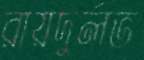
রায়দুর্লভ